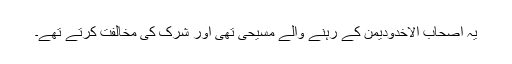
یہ اصحاب الاخدودیمن کے رہنے والے مسیحی تھی اور شرک کی مخالفت کرتے تھے۔